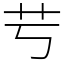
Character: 䒓